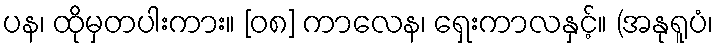
ပန၊ ထိုမှတပါးကား။ [၀၈] ကာလေန၊ ရှေးကာလနှင့်။ (အနုရူပံ၊